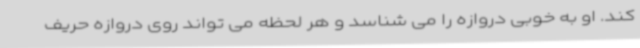
کند. او به خوبی دروازه را می شناسد و هر لحظه می تواند روی دروازه حریف